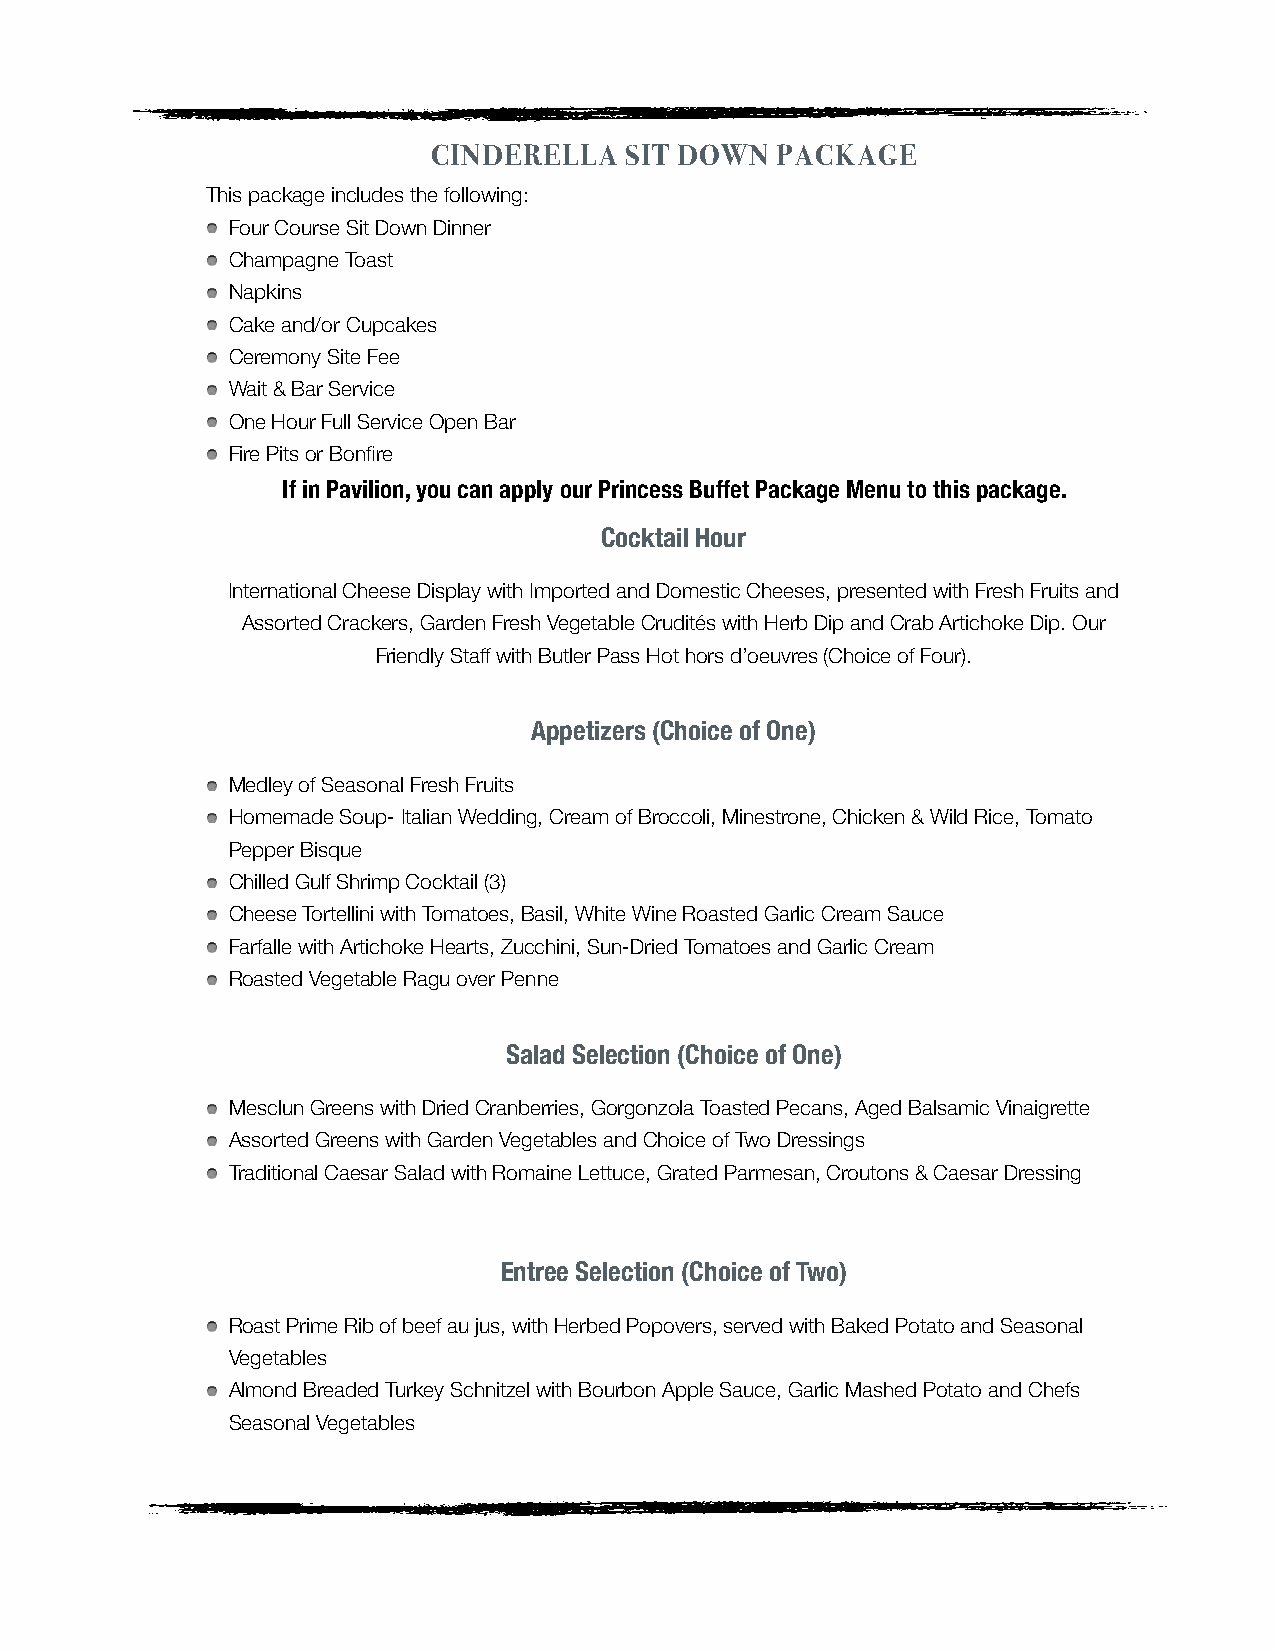
CINDERELLA  SIT DOWN  PACKAGE
 This package includes the following:
 Four Course Sit Down Dinner
 Champagne Toast
 Napkins
 Cake and/or Cupcakes
 Ceremony Site Fee
 Wait & Bar Service
 One Hour Full Service Open Bar
 Fire Pits or Bonfire
 If in Pavilion, you can apply our Princess Buffet Package Menu to this package.
 Cocktail Hour
 International Cheese Display with Imported and Domestic Cheeses, presented with Fresh Fruits and
 Assorted Crackers, Garden Fresh Vegetable Crudités with Herb Dip and Crab Artichoke Dip. Our
 Friendly Staff with Butler Pass Hot hors d’oeuvres (Choice of Four).
 Appetizers (Choice of One)
 Medley of Seasonal Fresh Fruits
 Homemade Soup- Italian Wedding, Cream of Broccoli, Minestrone, Chicken & Wild Rice, Tomato
 Pepper Bisque
 Chilled Gulf Shrimp Cocktail (3)
 Cheese Tortellini with Tomatoes, Basil, White Wine Roasted Garlic Cream Sauce
 Farfalle with Artichoke Hearts, Zucchini, Sun-Dried Tomatoes and Garlic Cream
 Roasted Vegetable Ragu over Penne
 Salad Selection (Choice of One)
 Mesclun Greens with Dried Cranberries, Gorgonzola Toasted Pecans, Aged Balsamic Vinaigrette
 Assorted Greens with Garden Vegetables and Choice of Two Dressings
 Traditional Caesar Salad with Romaine Lettuce, Grated Parmesan, Croutons & Caesar Dressing
 Entree Selection (Choice of Two)
 Roast Prime Rib of beef au jus, with Herbed Popovers, served with Baked Potato and Seasonal
 Vegetables
 Almond Breaded Turkey Schnitzel with Bourbon Apple Sauce, Garlic Mashed Potato and Chefs
 Seasonal Vegetables